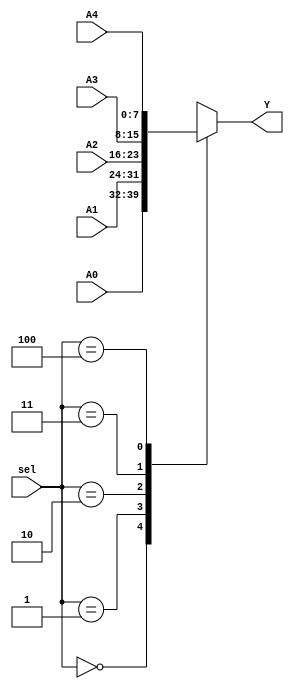
// This program was cloned from: https://github.com/tangxifan/micro_benchmark
// License: MIT License

module Mux_51(Y,A0,A1,A2,A3,A4,sel);

output	[7:0]Y;
input	[7:0]A4,A3,A2,A1,A0;
input	[2:0]sel;

reg		[7:0]Y;

always@(*)
	begin
		case(sel)
			0:	Y=A0;
			1:	Y=A1;
			2:	Y=A2;
			3:	Y=A3;
			4:	Y=A4;
			default:Y=8'bx;
		endcase
	end

endmodule